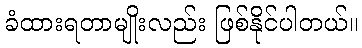
ခံထားရတာမျိုးလည်း ဖြစ်နိုင်ပါတယ်။